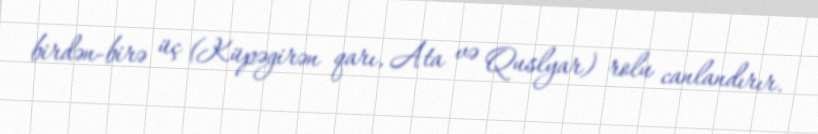
birdən-birə üç (Küpəgirən qarı, Ata və Quslyar) rolu canlandırır.